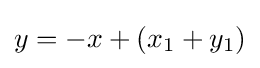
y=-x+(x_{1}+y_{1})